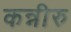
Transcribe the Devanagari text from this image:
कन्नीरु